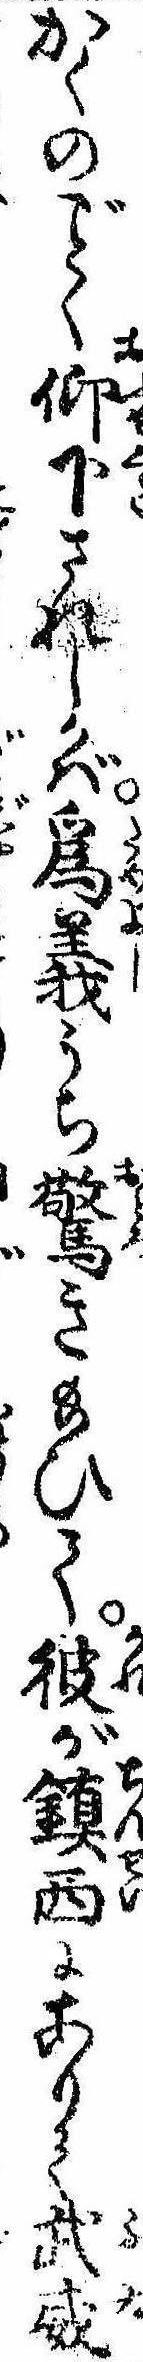
かくのく仰下されしかば為義うち驚き給ひて彼が鎮西にありて武威